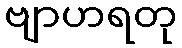
ဗျာဟရတု